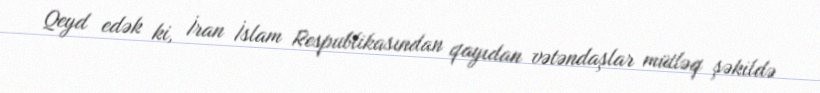
Qeyd edək ki, İran İslam Respublikasından qayıdan vətəndaşlar mütləq şəkildə